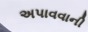
અપાવવાની